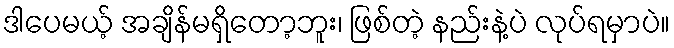
ဒါပေမယ့် အချိန်မရှိတော့ဘူး၊ ဖြစ်တဲ့ နည်းနဲ့ပဲ လုပ်ရမှာပဲ။